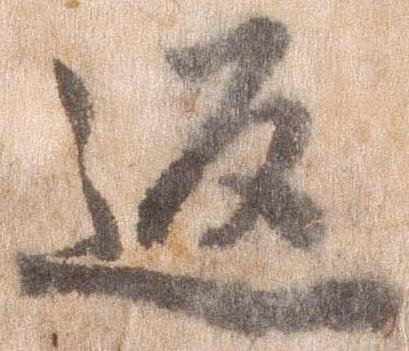
返